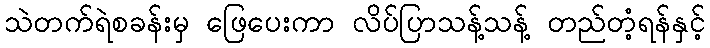
သဲတက်ရဲစခန်းမှ ဖြေပေးကာ လိပ်ပြာသန့်သန့် တည်တံ့ရန်နှင့်